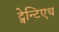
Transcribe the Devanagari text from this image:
ट्वेन्टिएथ